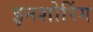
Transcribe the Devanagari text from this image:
इनशोरिंग